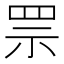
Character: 𦊎